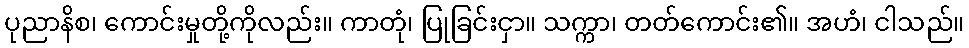
ပုညာနိစ၊ ကောင်းမှုတို့ကိုလည်း။ ကာတုံ၊ ပြုခြင်းငှာ။ သက္ကာ၊ တတ်ကောင်း၏။ အဟံ၊ ငါသည်။